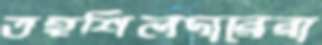
তহশিলদারেরা